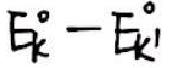
$E_{k}^{\circ}-E_{k'}^{\circ}$